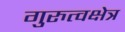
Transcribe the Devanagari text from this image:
गुरुत्वक्षेत्र